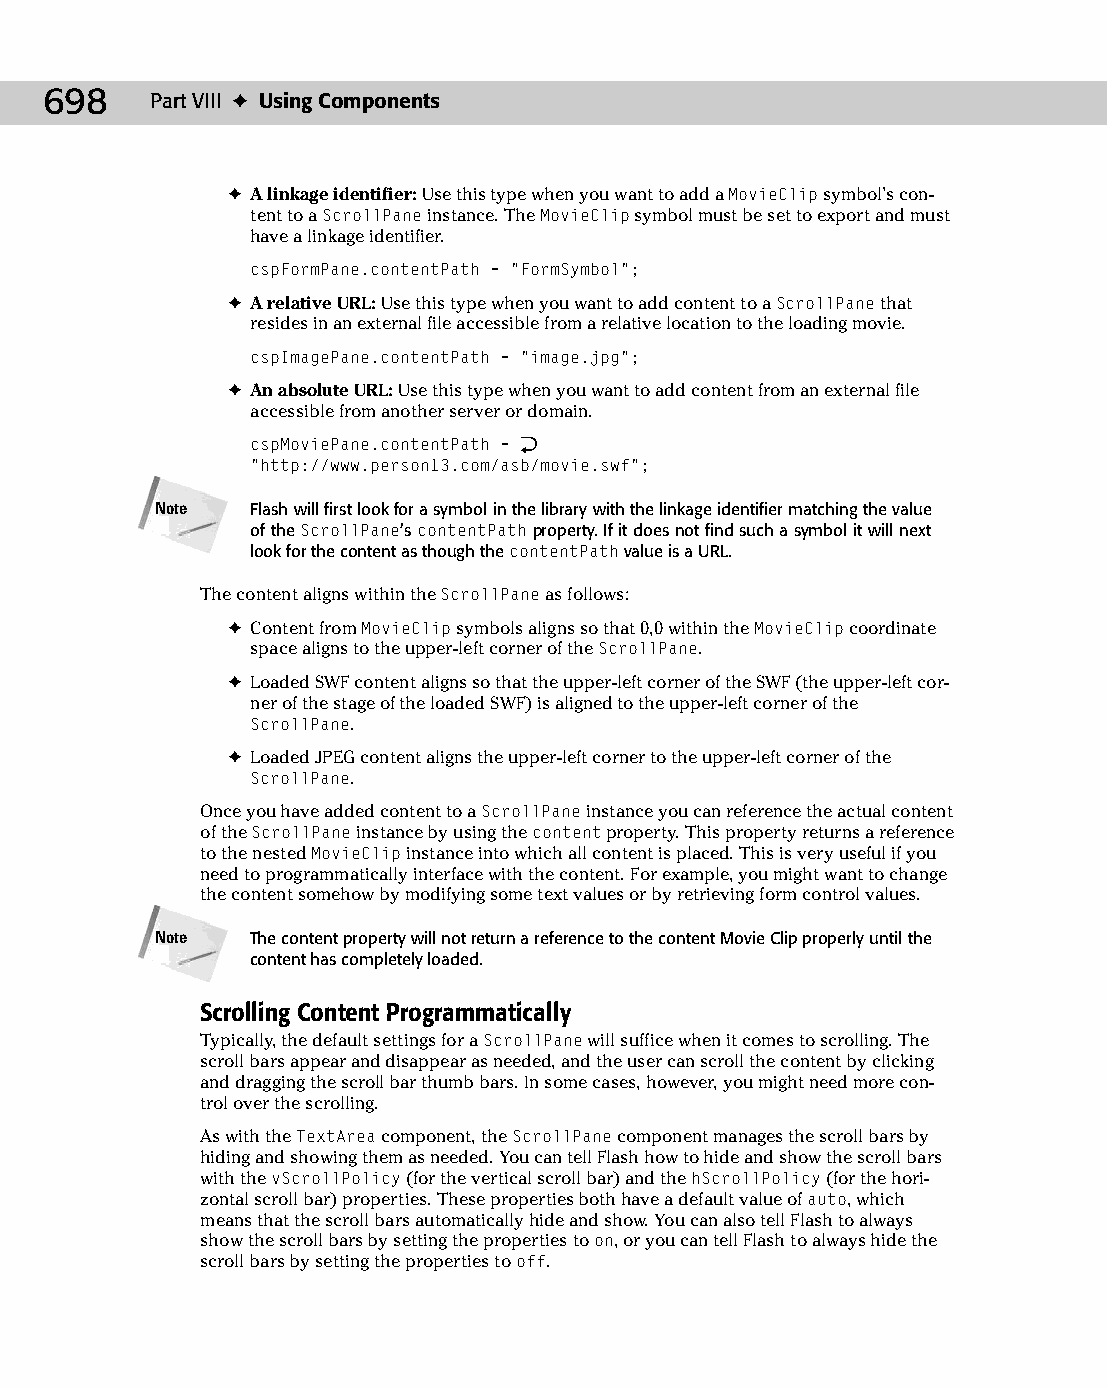
37 543547 ch28.qxd 3/24/04 4:08 PM Page 698
 698    Part VIII ✦ Using Components
 ✦ A linkage identifier: Use this type when you want to add a MovieClip symbol’s con­
 tent to a ScrollPane instance. The MovieClip symbol must be set to export and must
 have a linkage identifier.
 cspFormPane.contentPath = “FormSymbol”;
 ✦ A relative URL: Use this type when you want to add content to a ScrollPane that
 resides in an external file accessible from a relative location to the loading movie.
 cspImagePane.contentPath = “image.jpg”;
 ✦ An absolute URL: Use this type when you want to add content from an external file
 accessible from another server or domain.
 cspMoviePane.contentPath = Æ
 “http://www.person13.com/asb/movie.swf”;
 Note   Flash will first look for a symbol in the library with the linkage identifier matching the value
 of the ScrollPane’s contentPath property. If it does not find such a symbol it will next
 look for the content as though the contentPath value is a URL.
 The content aligns within the ScrollPane as follows:
 ✦ Content from MovieClip symbols aligns so that 0,0 within the MovieClip coordinate
 space aligns to the upper-left corner of the ScrollPane.
 ✦ Loaded SWF content aligns so that the upper-left corner of the SWF (the upper-left cor­
 ner of the stage of the loaded SWF) is aligned to the upper-left corner of the
 ScrollPane.
 ✦ Loaded JPEG content aligns the upper-left corner to the upper-left corner of the
 ScrollPane.
 Once you have added content to a ScrollPane instance you can reference the actual content
 of the ScrollPane instance by using the content property. This property returns a reference
 to the nested MovieClip instance into which all content is placed. This is very useful if you
 need to programmatically interface with the content. For example, you might want to change
 the content somehow by modifying some text values or by retrieving form control values.
 Note   The content property will not return a reference to the content Movie Clip properly until the
 content has completely loaded.
 Scrolling Content Programmatically
 Typically, the default settings for a ScrollPane will suffice when it comes to scrolling. The
 scroll bars appear and disappear as needed, and the user can scroll the content by clicking
 and dragging the scroll bar thumb bars. In some cases, however, you might need more con­
 trol over the scrolling.
 As with the TextArea component, the ScrollPane component manages the scroll bars by
 hiding and showing them as needed. You can tell Flash how to hide and show the scroll bars
 with the vScrollPolicy (for the vertical scroll bar) and the hScrollPolicy (for the hori­
 zontal scroll bar) properties. These properties both have a default value of auto, which
 means that the scroll bars automatically hide and show. You can also tell Flash to always
 show the scroll bars by setting the properties to on, or you can tell Flash to always hide the
 scroll bars by setting the properties to off.